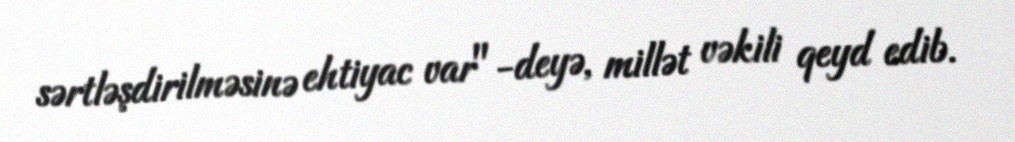
sərtləşdirilməsinə ehtiyac var"-deyə, millət vəkili qeyd edib.